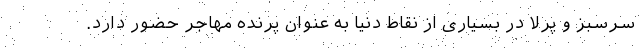
سرسبز و پرلا در بسیاری از نقاط دنیا به عنوان پرنده مهاجر حضور دارد.